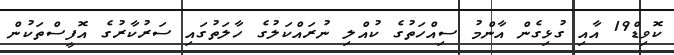
ކޮވިޑް19 އާއި ގުޅިގެން އާންމު ސިއްހަތުގެ ކުއްލި ނުރައްކަލުގެ ހާލަތުގައި ސަރުކާރުގެ އޮފީސްތަކުން